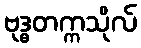
ဗုဒ္ဓတက္ကသိုလ်